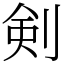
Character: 剣